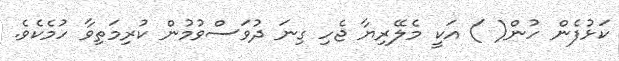
ކަޅުފެން ހުން( ) އަކީ މެލޭރިޔާ ޖެހި ގިނަ ދުވަސްވުމުން ކުރިމަތިވާ ހުމެކެވެ.